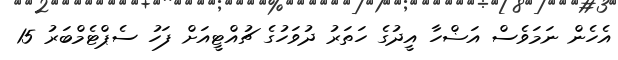
އެހެން ނަމަވެސް އަޟްހާ އީދުގެ ހަތަރު ދުވަހުގެ ޗުއްޓީއަށް ފަހު ސެޕްޓެމްބަރު 15